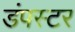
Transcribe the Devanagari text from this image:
डंपस्टर